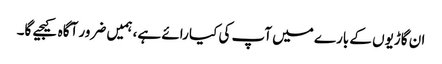
ان گاڑیوں کے بارے میں آپ کی کیا رائے ہے، ہمیں ضرور آگاہ کیجیے گا۔